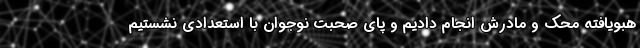
هبویافته محک و مادرش انجام دادیم و پای صحبت نوجوان با استعدادی نشستیم